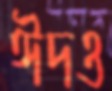
ঈদও